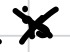
Text: is
Cross-out: cross
Writing tool: digital_black